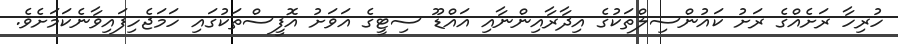
ހުރިހާ ރަށެއްގެ ރަށު ކައުންސިލްތަކުގެ އިދާރާއިންނާއި އައްޑޫ ސިޓީގެ އަވަށު އޮފީސްތަކުގައި ހަމަޖެހިފައިވާނެކަމަށެވެ.